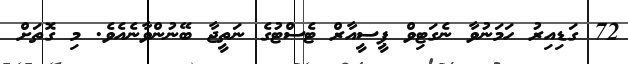
72 ގަޑިއިރު ހަމަނުވާ ނެގަޓިވް ޕީސީއާރް ޓެސްޓުގެ ނަތީޖާ ބޭނުންވާނެއެވެ. މި ގޮތަށް